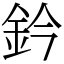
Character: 鈐